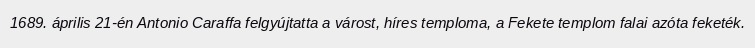
1689. április 21-én Antonio Caraffa felgyújtatta a várost, híres temploma, a Fekete templom falai azóta feketék.